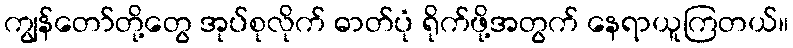
ကျွန်တော်တို့တွေ အုပ်စုလိုက် ဓာတ်ပုံ ရိုက်ဖို့အတွက် နေရာယူကြတယ်။